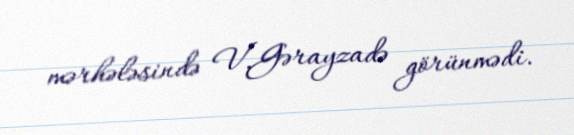
mərhələsində V.Gərayzadə görünmədi.